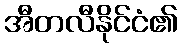
အီတလီနိုင်ငံ၏